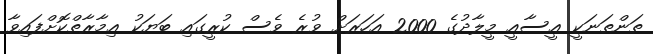
ތަންތަނަކީ ޢީސާއީ މީލާދުގެ 2000 އަހަރަށް ވުރެ ވެސް ކުރީގައި ބަޔަކު ޢިމާރާތްކޮށްފައިވާ